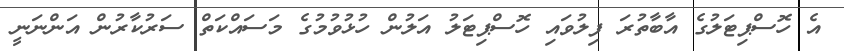
އެ ހޮސްޕިޓަލުގެ އާބާތުރަ ފިލުވައި ހޮސްޕިޓަލު އަލުން ހުޅުވުމުގެ މަސައްކަތް ސަރުކާރުން އަންނަނީ